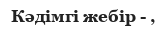
Кәдімгі жебір - ,